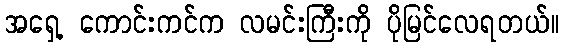
အရှေ့ ကောင်းကင်က လမင်းကြီးကို ပိုမြင်လေရတယ်။